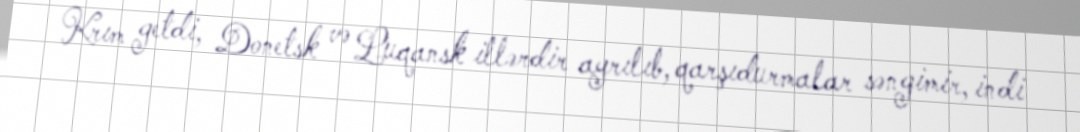
Krım getdi, Donetsk və Luqansk illərdir ayrılıb, qarşıdurmalar səngimir, indi